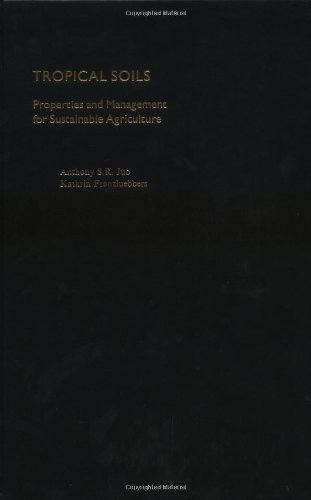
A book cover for Tropical Soils: Properties and Management for Sustainable Agriculture (Topics in Sustainable Agronomy); Anthony S. R. Juo; Science & Math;